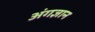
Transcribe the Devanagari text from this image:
अंगज्ञान